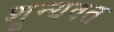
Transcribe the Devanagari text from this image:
शून्यवत